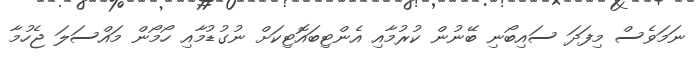
ނަމަވެސް މިފަދަ ސައިބޯނި ބޭނުން ކުރުމާއި އެންޓިބައޮޓިކަށް ނުގުޑުމާއި ހޯމޯން މައްސަލަ ޖެހުމާ